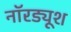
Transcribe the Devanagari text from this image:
नॉरड्यूश